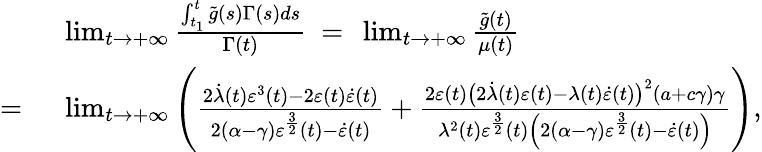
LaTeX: \begin{array}{rl}&{\operatorname*{lim}_{t\to+\infty}\frac{\int_{t_{1}}^{t}\tilde{g}(s)\Gamma(s)ds}{\Gamma(t)}\ =\ \operatorname*{lim}_{t\to+\infty}\frac{\tilde{g}(t)}{\mu(t)}}\\ {=\ }&{\operatorname*{lim}_{t\to+\infty}\left(\frac{2\dot{\lambda}(t)\varepsilon^{3}(t)-2\varepsilon(t)\dot{\varepsilon}(t)}{2(\alpha-\gamma)\varepsilon^{\frac{3}{2}}(t)-\dot{\varepsilon}(t)}+\frac{2\varepsilon(t)\big(2\dot{\lambda}(t)\varepsilon(t)-\lambda(t)\dot{\varepsilon}(t)\big)^{2}(a+c\gamma)\gamma}{\lambda^{2}(t)\varepsilon^{\frac{3}{2}}(t)\left(2(\alpha-\gamma)\varepsilon^{\frac{3}{2}}(t)-\dot{\varepsilon}(t)\right)}\right),}\end{array}